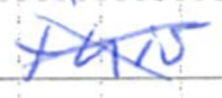
Text: this
Cross-out: cross
Writing tool: ballpoint